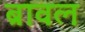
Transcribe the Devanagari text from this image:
ब्रावल